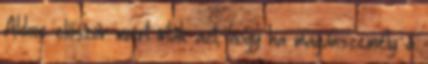
Akkor először miért írták azt, hogy ha magánszemély a